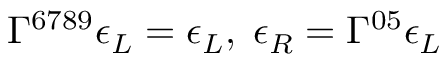
\Gamma ^ { 6 7 8 9 } \epsilon _ { L } = \epsilon _ { L } , \; \epsilon _ { R } = \Gamma ^ { 0 5 } \epsilon _ { L }